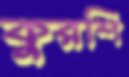
কুরশি